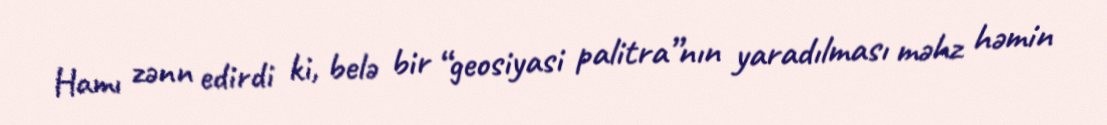
Hamı zənn edirdi ki, belə bir “geosiyasi palitra”nın yaradılması məhz həmin